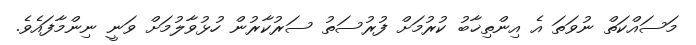
މަސައްކަތް ނުވަތަ އެ އިންތިޚާބު ކުރުމަށް ފުރުސަތު ސަރުކާރުން ހުޅުވާލުމަށް ވަނީ ނިންމާފައެވެ.